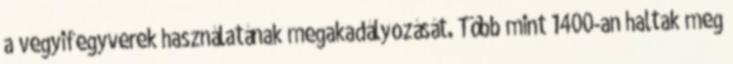
a vegyifegyverek használatának megakadályozását. Több mint 1400-an haltak meg